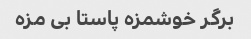
برگر خوشمزه پاستا بی مزه